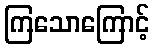
ကြသောကြောင့်